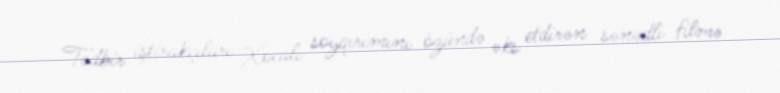
Tədbir iştirakçıları Xocalı soyqırımını özündə əks etdirən sənədli filmə